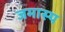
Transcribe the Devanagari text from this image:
जमास्प